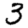
Digit: 3